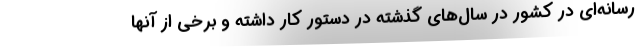
رسانه‌‌ای در کشور در سال‌های گذشته در دستور کار داشته و برخی از آنها